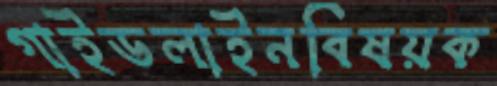
গাইডলাইনবিষয়ক